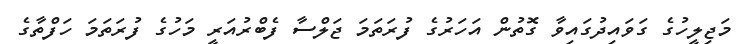
މަޖިލީހުގެ ގަވައިދުގައިވާ ގޮތުން އަހަރުގެ ފުރަތަމަ ޖަލްސާ ފެބްރުއަރީ މަހުގެ ފުރަތަމަ ހަފްތާގެ